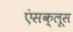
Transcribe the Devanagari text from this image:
एंसक्लूस